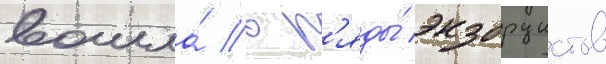
вошла́ в р'яды́ экзорцистов